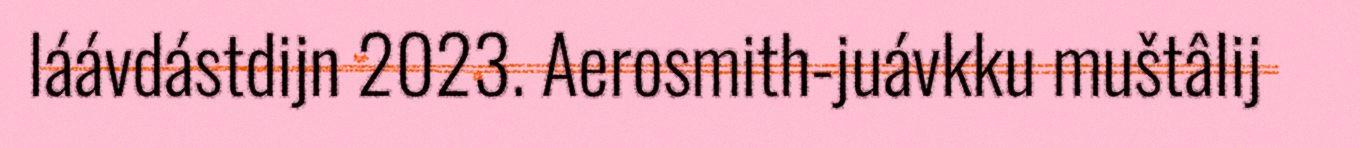
láávdástdijn 2023. Aerosmith-juávkku muštâlij